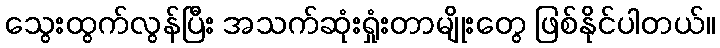
သွေးထွက်လွန်ပြီး အသက်ဆုံးရှုံးတာမျိုးတွေ ဖြစ်နိုင်ပါတယ်။